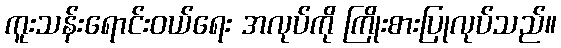
ကူးသန်းရောင်းဝယ်ရေး အလုပ်ကို ကြိုးစားပြုလုပ်သည်။